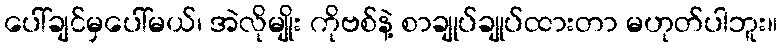
ပေါ်ချင်မှပေါ်မယ်၊ အဲလိုမျိုး ကိုဗစ်နဲ့ စာချုပ်ချုပ်ထားတာ မဟုတ်ပါဘူး။